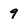
Character: 9